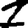
Digit: 1